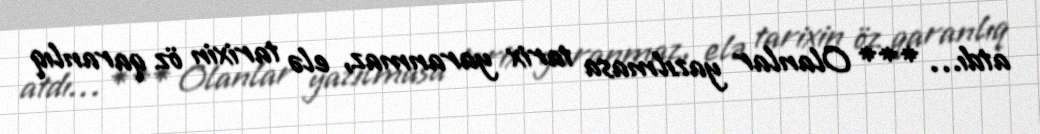
atdı… *** Olanlar yazılmasa tarix yaranmaz, elə tarixin öz qaranlıq